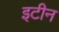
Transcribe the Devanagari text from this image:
इटीन